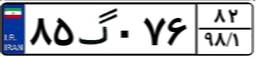
۸۶گ۱۵۴۳۴